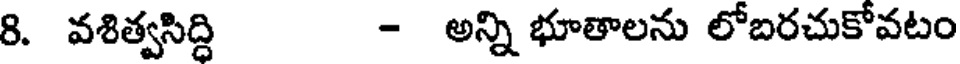
8. వశిత్వసిద్ధి - అన్ని భూతాలను లోబరచుకోవటం